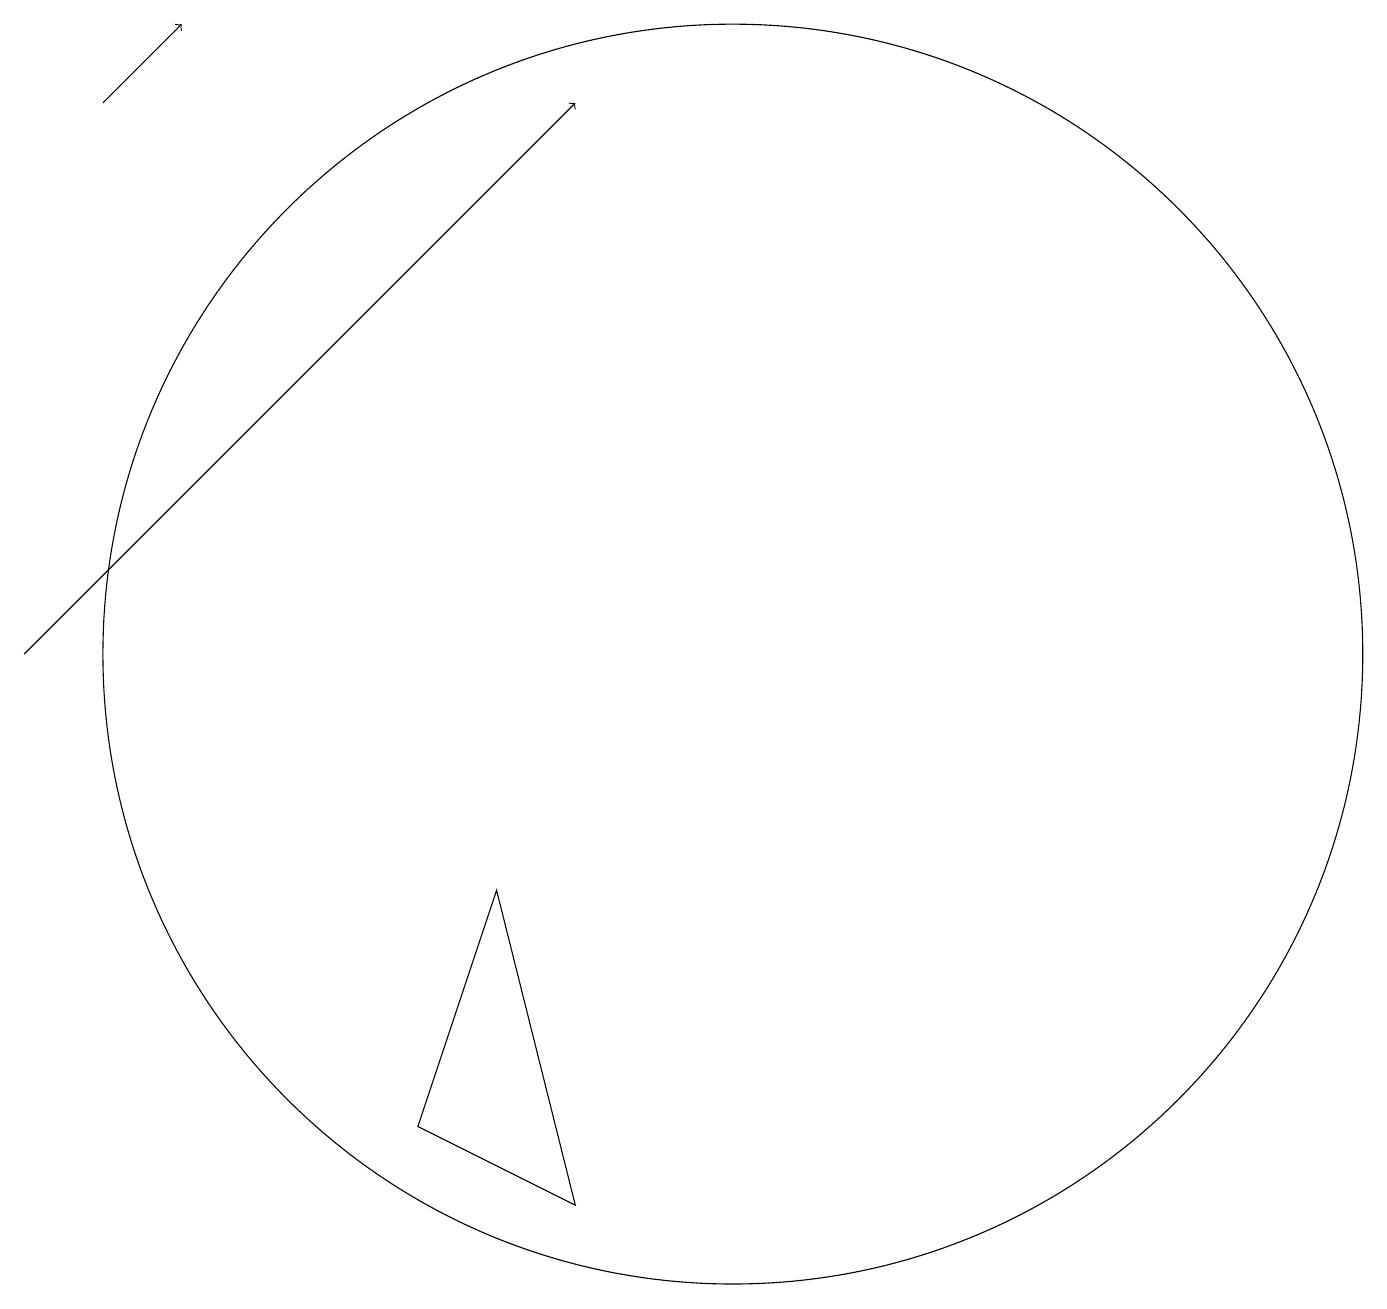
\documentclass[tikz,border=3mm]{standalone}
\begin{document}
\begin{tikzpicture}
\draw[->] (2,18) -- (3,19);
\draw (7,8) -- (8,4) -- (6,5) -- cycle;
\draw[->] (1,11) -- (8,18);
\draw (10,11) circle (8);
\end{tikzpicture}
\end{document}